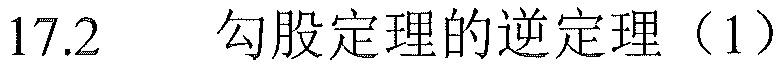
17.2 勾股定理的逆定理（1）